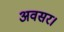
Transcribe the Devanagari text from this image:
अवसर।